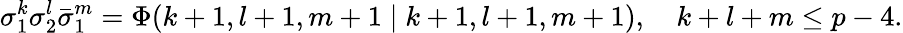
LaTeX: \sigma_{1}^{k}\sigma_{2}^{l}\bar{\sigma}_{1}^{m}=\Phi(k+1,l+1,m+1\mid k+1,l+1,m+1),~~~~k+l+m\leq p-4.